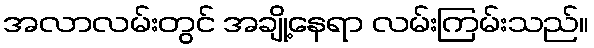
အလာလမ်းတွင် အချို့နေရာ လမ်းကြမ်းသည်။